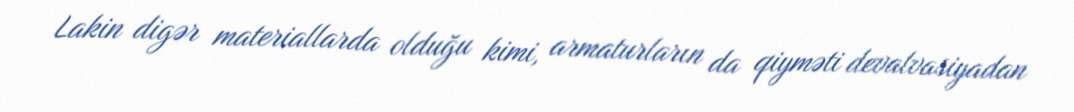
Lakin digər materiallarda olduğu kimi, armaturların da qiyməti devalvasiyadan